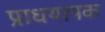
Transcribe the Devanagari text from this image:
प्राधयापक